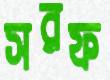
সরফ